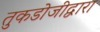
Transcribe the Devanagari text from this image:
तुकडोजीद्वारा